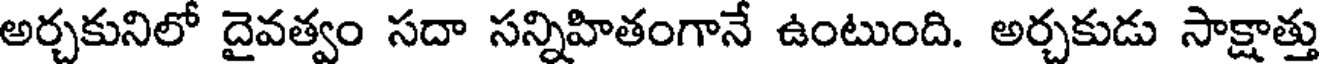
అర్చకునిలో దైవత్వం సదా సన్నిహితంగానే ఉంటుంది. అర్చకుడు సాక్షాత్తు